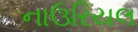
નાઉરિયલ